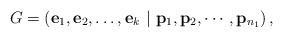
LaTeX: \begin{align*}G=\left({\bf e}_1,{\bf e}_2,\ldots,{\bf e}_{k}\ |\ {\bf p}_1,{\bf p}_2,\cdots,{\bf p}_{n_1}\right),\end{align*}